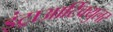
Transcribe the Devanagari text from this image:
इंट्राआर्टिक्युलर